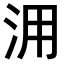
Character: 𣳔